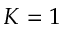
K = 1